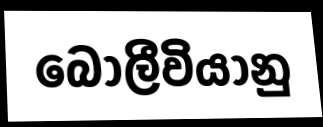
බොලීවියානු